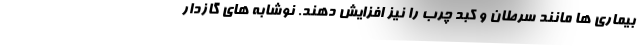
بیماری ها مانند سرطان و کبد چرب را نیز افزایش دهند. نوشابه های گازدار